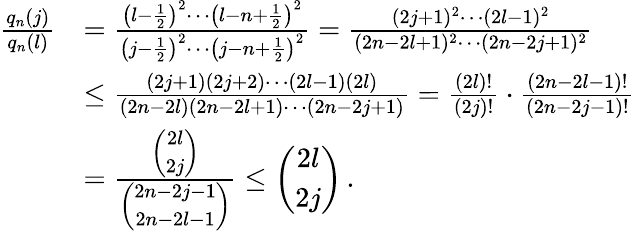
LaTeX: \begin{array}{rl}{\frac{q_{n}(j)}{q_{n}(l)}}&{=\frac{\left(l-\frac{1}{2}\right)^{2}\cdots\left(l-n+\frac{1}{2}\right)^{2}}{\left(j-\frac{1}{2}\right)^{2}\cdots\left(j-n+\frac{1}{2}\right)^{2}}=\frac{(2j+1)^{2}\cdots(2l-1)^{2}}{(2n-2l+1)^{2}\cdots(2n-2j+1)^{2}}}\\ &{\le\frac{(2j+1)(2j+2)\cdots(2l-1)(2l)}{(2n-2l)(2n-2l+1)\cdots(2n-2j+1)}=\frac{(2l)!}{(2j)!}\cdot\frac{(2n-2l-1)!}{(2n-2j-1)!}}\\ &{=\frac{\left(\begin{array}{c}{2l}\\ {2j}\end{array}\right)}{\left(\begin{array}{c}{2n-2j-1}\\ {2n-2l-1}\end{array}\right)}\le\left(\begin{array}{c}{2l}\\ {2j}\end{array}\right)\, .}\end{array}